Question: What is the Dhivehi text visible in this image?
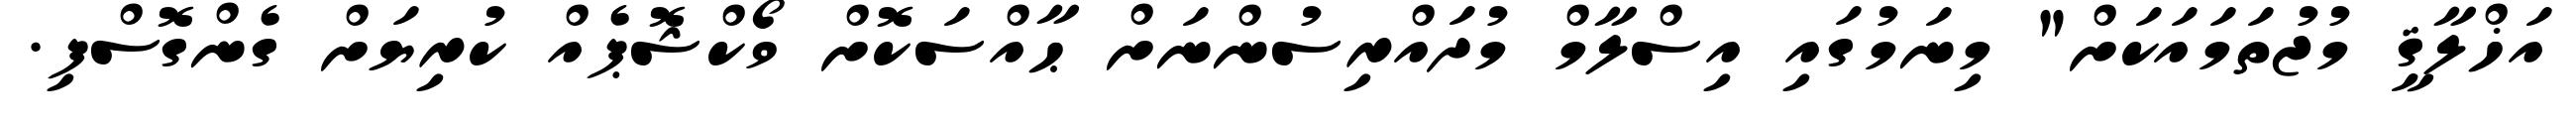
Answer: އަޚްލާޤީ މުޖުތަމައަކަށް" މިނަމުގައި އިސްލާމް މުދައްރިސުންނަށް ޙާއްސަކޮށް ވޯކްޝޮޕެއް ކުރިޔަށް ގެންގޮސްފި.